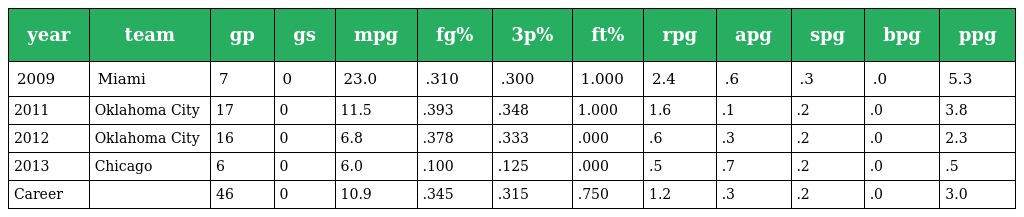
| year | team | gp | gs | mpg | fg% | 3p% | ft% | rpg | apg | spg | bpg | ppg |
 | --- | --- | --- | --- | --- | --- | --- | --- | --- | --- | --- | --- | --- |
 | 2009 | Miami | 7 | 0 | 23.0 | .310 | .300 | 1.000 | 2.4 | .6 | .3 | .0 | 5.3 |
 | 2011 | Oklahoma City | 17 | 0 | 11.5 | .393 | .348 | 1.000 | 1.6 | .1 | .2 | .0 | 3.8 |
 | 2012 | Oklahoma City | 16 | 0 | 6.8 | .378 | .333 | .000 | .6 | .3 | .2 | .0 | 2.3 |
 | 2013 | Chicago | 6 | 0 | 6.0 | .100 | .125 | .000 | .5 | .7 | .2 | .0 | .5 |
 | Career |  | 46 | 0 | 10.9 | .345 | .315 | .750 | 1.2 | .3 | .2 | .0 | 3.0 |